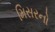
મિસરનો